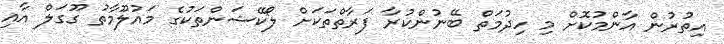
އިތުރުން އާންމުކޮށް މި ހިދުމަތް ބޭނުންކުރާ ފަރާތްތަކަށް ލޯކޭޝަންތަކުގެ މައުލޫމާތު ގޫގަލް އާއި